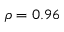
\rho = 0 . 9 6